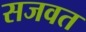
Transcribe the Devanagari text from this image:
सजवत